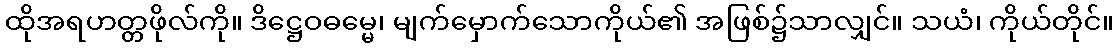
ထိုအရဟတ္တဖိုလ်ကို။ ဒိဋ္ဌေဝဓမ္မေ၊ မျက်မှောက်သောကိုယ်၏ အဖြစ်၌သာလျှင်။ သယံ၊ ကိုယ်တိုင်။